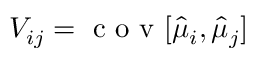
V _ { i j } = \mathrm { ~ c ~ o ~ v ~ } [ \hat { \mu } _ { i } , \hat { \mu } _ { j } ]